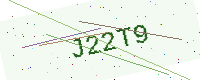
Text: J22T9